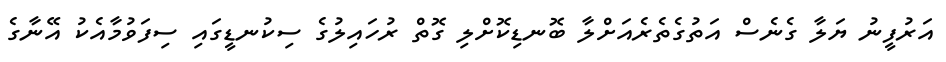
އަރުފީނު ޔަލާ ގެނެސް އަތުގެތެރެއަށްލާ ބޮނޑިކޮށްލި ގޮތް ރުހައިލުގެ ސިކުނޑީގައި ސިފަވުމާއެކު އޭނާގެ